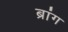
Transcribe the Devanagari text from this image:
ब्रांग